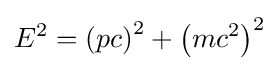
E^{2}=\left(pc\right)^{2}+\left(mc^{2}\right)^{2}\,\!